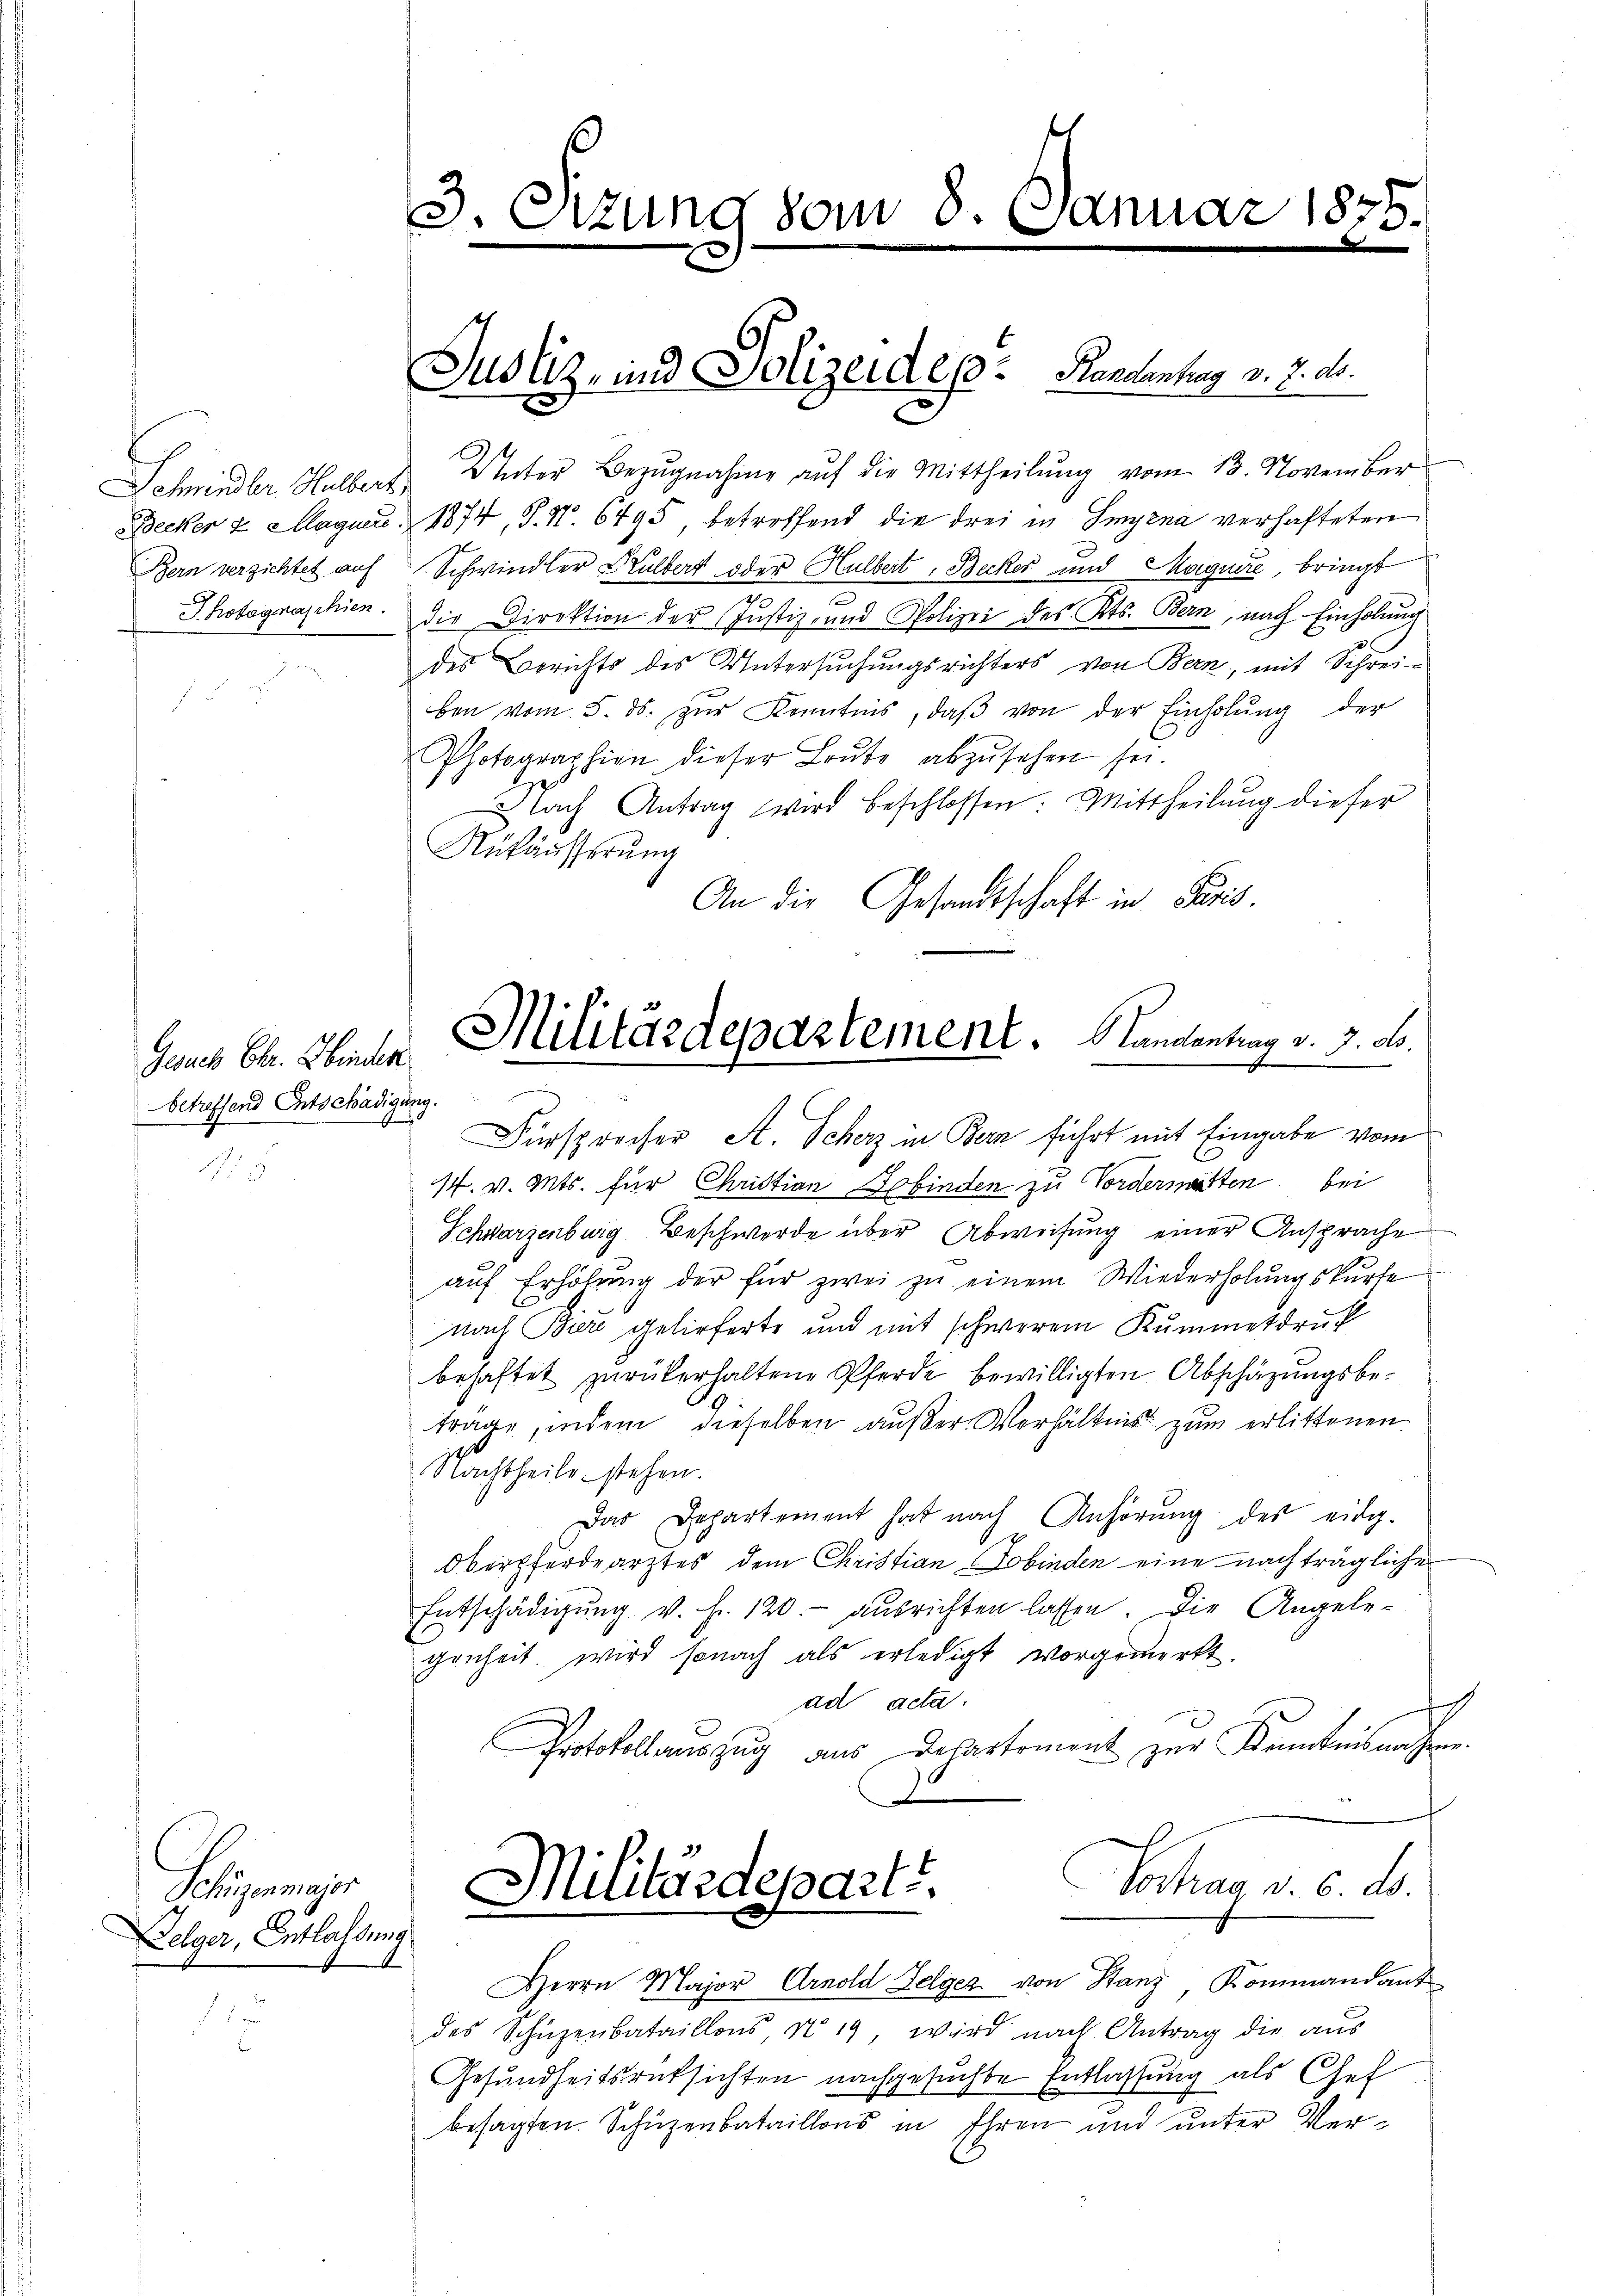
Becker 2 Magner.
Bern verzichtet auf
Photognaschien.

Gesuch Chr. Hinden
betreffend Entschädigung.

Schürenmajor
elger, Entlassung

3. Sizung vom 8. Januar 1835.

Justiz- und Polizeides Handenhag v. 7. ds.

Schwindler Halbert Unter Bezŭgnahme auf die Mittheilung vom 13. November
1874, P. Nr. 6795, betreffend die drei in Smyena verhafteten
Schwindler Kulbert oder Hulbert, Becker und Magiere, bringt
die Direktion der Justiz- und Polizei des Kts. Bern, nach Einholung
des Berichts des Untersuchungsrichters von Bern, mit Schrei-
ben vom 5. ds. zŭr Kenntnis, daβ von der Einholŭng der
Photographien dieser Baŭte abzŭsehen sei.
Nach Antrag wird beschlossen: Mittheilung dieser
Rükäusserung
An die Gesandtschaft in Paris.
Fürsprecher A. Scherz in Bern führt mit Eingabe vom
14. v. Mts. für Christian Dobinden zu Vordermatten bei
Schwarzenburg Beschwerde über Abweisung einer Ansprache
auf Erhöhung der für zwei zu einem Wiederholungskurse
nach Biere gelieferte und mit schworen Kummetdruck
behaftet zŭrükerhaltene Pferde bewilligten Abschäzŭngsbe-
träge, indem dieselben außer Verhältnis zum erlittenen
Nachtheile stehen.
Das Departement hat nach Anhörŭng des eidg.
Oberfordearztes dem Christian Tobinden eine nachträgliche
Entschädigŭng. v. Fr. 120.- ausrichten lassen. Die Angele-
genheit, wird sonach als erledigt vorgemerkt.
ad acta.
.
Protokollauszug aus Departement zur Kenntnis nahen.
J
Vortrag d. 6. ds.
Militärdepart.
e
Herrn Major Arnold Gelger von Stanz, Kommandant
des Schüzenbataillons, No 19, wird nach Antrag die aus
Gesundheitsrücksichten nachgesuchte Entlassung als Chef
besagten Schüzenbataillons in Ehren und unter Ver¬

Militärdepartement. Standentrag v. J. dto.